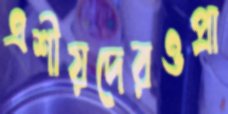
এশীয়দেরওপ্রা